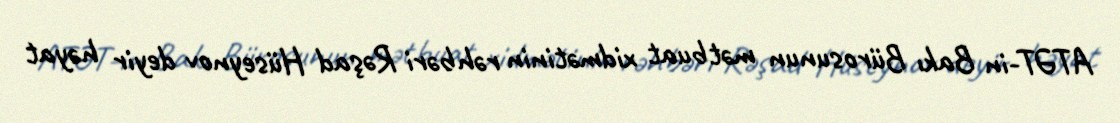
ATƏT-in Bakı Bürosunun mətbuat xidmətinin rəhbəri Rəşad Hüseynov deyir həyat